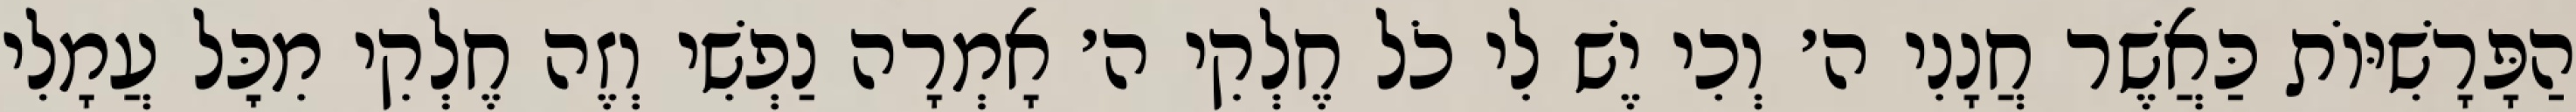
הַפָּרָשִׁיּוֹת כַּאֲשֶׁר חֲנָנִי ה׳ וְכִי יֶשׁ לִי כֹל חֶלְקִי ה׳ אָמְרָה נַפְשִׁי וְזֶה חֶלְקִי מִכׇּל עֲמָלִי